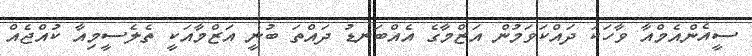
ސީއެންއެމްއާ ވާހަކަ ދައްކަވަމުން އަޒްމާގެ އެއްބަނޑު ދައްތަ ބުނީ އަޒްމާއަކީ ތެލެސީމިއާ ކުއްޖެއް